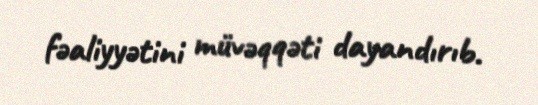
fəaliyyətini müvəqqəti dayandırıb.